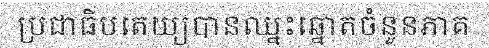
ប្រជាធិបតេយ្យបានឈ្នះឆ្នោតចំនួនភាគ